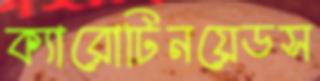
ক্যারোটিনয়েডস